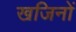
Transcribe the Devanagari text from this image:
खजिनों